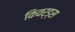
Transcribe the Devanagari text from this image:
किवर्ड्स